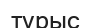
түрыс